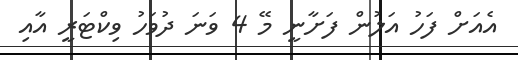
އެއަށް ފަހު އަލުން ފަށާނީ މޭ 4 ވަނަ ދުވަހު ވިކްޓަރީ އާއި